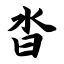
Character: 沓